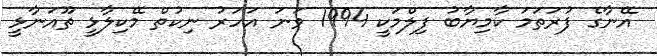
އޭނާގެ ފުރަތަމަ ކާމިޔާބު ފިލްމަކީ 1994 ވަނަ އަހަރު ނިކުތް މޭކިލާޅީ ތޫއަނާޅީ